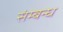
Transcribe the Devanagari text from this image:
संम्बन्ध